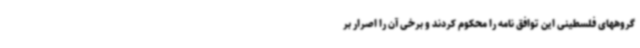
گروههای فلسطینی این توافق نامه را محکوم کردند و برخی آن را اصرار بر